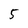
Character: 5